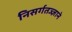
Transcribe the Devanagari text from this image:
निसर्गतज्‍ज्ञाने